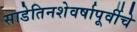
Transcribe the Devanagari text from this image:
साडेतिनशेवर्षापूर्वीचे